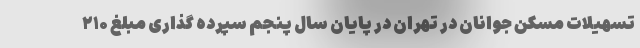
تسهیلات مسکن جوانان در تهران در پایان سال پنجم سپرده ­گذاری مبلغ ۲۱۰